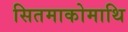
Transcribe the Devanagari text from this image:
सितमाकोमाथि